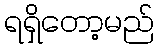
ရရှိတော့မည်